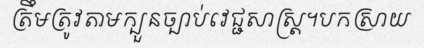
ត្រឹមត្រូវតាមក្បួនច្បាប់វេជ្ជសាស្ត្រ។បកស្រាយ